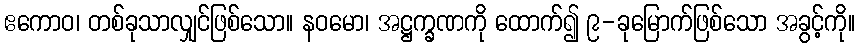
ဧကောဝ၊ တစ်ခုသာလျှင်ဖြစ်သော။ နဝမော၊ အဋ္ဌက္ခဏကို ထောက်၍ ၉-ခုမြောက်ဖြစ်သော အခွင့်ကို။